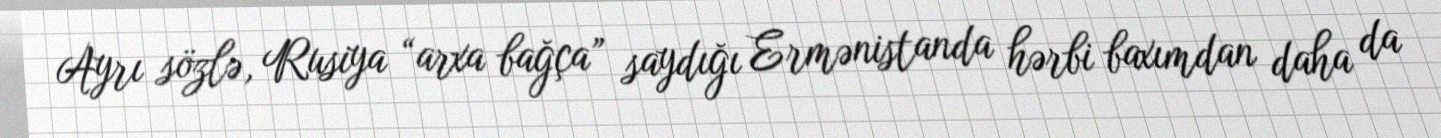
Ayrı sözlə, Rusiya “arxa bağça” saydığı Ermənistanda hərbi baxımdan daha da